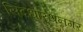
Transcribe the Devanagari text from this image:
सिदधारथनगर